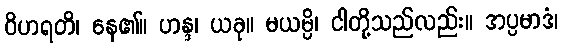
ဝိဟရတိ၊ နေ၏။ ဟန္ဒ၊ ယခု။ မယမ္ပိ၊ ငါတို့သည်လည်း။ အပ္ပမာဒံ၊